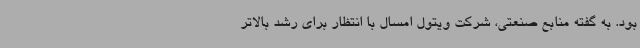
بود. به گفته منابع صنعتی، شرکت ویتول امسال با انتظار برای رشد بالاتر